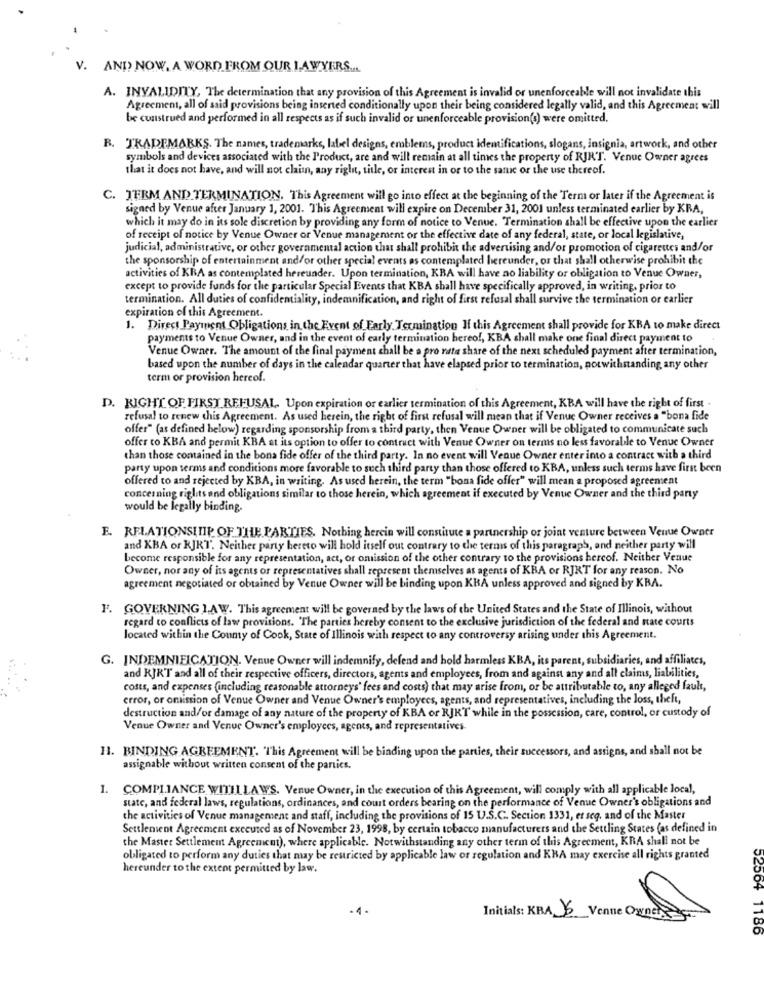
V. AND NOW, A WORD FROM OUR LAWYERS ...
A. INVALIDITY, The determination that any provision of this Agreement is invalid or unenforceable will not invalidate this
Agreement, all of said provisions being inserted conditionally upon their being considered legally valid, and this Agreement will
be construed and performed in all respects as if such invalid or unenforceable provision(s) were omitted.
R. TRADEMARKS. The names, trademarks, label designs, emblems, product identifications, slogans, insignia, artwork, and other
symbols and devices associated with the Product, are and will remain at all times the property of RJRT. Venue Owner agrees
that it does not have, and will not clain, any right, title, or interest in or to the same or the use thereof.
C. JERM AND TERMINATION. This Agreement will go into effect at the beginning of the Term or later if the Agreement is
signed by Venue after January 1, 2001. This Agreement will expire on December 31, 2001 unless terminated earlier by KRA,
which it may do in its sole discretion by providing any form of notice to Venue. Termination shall be effective upon the earlier
of receipt of notice by Venue Owner or Venue management or the effective date of any federal, state, or local legislative,
judicial, administrative, or other governmental action that shall prohibit the advertising and/or promotion of cigarettes and/or
the sponsorship of entertainment and/or other special events as contemplated hereunder, or that shall otherwise prohibit the
activities of KRA as contemplated hereunder. Upon termination, KBA will have no liability or obligation to Venue Owner,
except to provide funds for the particular Special Events that KBA shall have specifically approved, in writing, prior to
termination. All duties of confidentiality, indemnification, and right of first refusal shall survive the termination or earlier
expiration of this Agreement.
1. Direct Payment Obligations in the Event of Early. Termination If this Agreement shall provide for KBA to make direct
payments to Venue Owner, and in the event of early termination hereof, KBA shall make one final direct payment to
Venue Owner. The amount of the final payment shall be a pro nete share of the next scheduled payment after termination,
based upon the number of days in the calendar quarter that have elapsed prior to termination, notwithstanding any other
term or provision hereof.
D. RIGHT OF FIRST REFUSAL. Upon expiration or earlier termination of this Agreement, KBA will have the right of first -
refusal to renew this Agreement. As used herein, the right of first refusal will mean that if Venue Owner receives a "bona fide
offer" (as defined below) regarding sponsorship from a third party, then Venue Owner will be obligated to communicate such
offer to KBA and permit KBA at its option to offer to contract with Venue Owner on terms no less favorable to Venue Owner
than those comained in the bona fide offer of the third party. In no event will Venue Owner enter into a contract with a third
party upon terms and conditions more favorable to such third party than those offered to KBA, unless such terms have first been
offered to and rejected by KBA, in writing. As used herein, the term "bona fide offer" will mean a proposed agreement
concerning riglits and obligations similar to those herein, which agreement if executed by Venue Owner and the third party
would be legally binding.
E. RELATIONSHIP OF THE PARTIES. Nothing herein will constitute a partnership or joint venture between Venue Owner
and KBA or KJRT. Neither party hereto will hold itself out contrary to the terms of this paragraph, and neither party will
become responsible for any representation, act, or omission of the other contrary to the provisions hercof. Neither Venue
Owner, nor any of its agents of representatives shall represent themselves as agents of KBA or RJRT for any reason. No
agreement negotiated or obtained by Venue Owner will be binding upon KBA unless approved and signed by KBA.
F. GOVERNING 1,AW. This agreement will be governed by the laws of the United States and the State of Illinois, without
regard to conflicts of law provisions. The parties hereby consent to the exclusive jurisdiction of the federal and state courts
located within the County of Cook, State of Illinois with respect to any controversy arising under this Agreement.
G. INDEMNIFICATION. Venue Owner will indemnify, defend and hold harmless KBA, its parent, subsidiaries, and affiliates,
and RJR'T and all of their respective officers, directors, agents and employees, from and against any and all claims, liabilities,
costs, and expenses (including reasonable attorneys' fees and costs) that may arise from, or be attributable to, any alleged fault,
error, or omission of Venue Owner and Venue Owner's employees, agents, and representatives, including the loss, theft,
destruction and/or damage of any nature of the property of KBA or RJKT while in the possession, care, control, or custody of
Venue Owner and Venue Owner's employees, agents, and representatives
11. BINDING AGREEMENT. "This Agreement will be binding upon the parties, their successors, and assigns, and shall not be
assignable without written consent of the parties.
1. COMPLIANCE WITHLLAWS. Venue Owner, in the execution of this Agreement, will comply with all applicable local,
state, and federal laws, regulations, ordinances, and court orders bearing on the performance of Venue Owner's obligations and
the activities of Venue management and staff, including the provisions of 15 U.S.C .. Section 1331, et seq, and of the Master
Settlement Agreement executed as of November 23, 1998, by certain tobacco manufacturers and the Settling States (as defined in
the Master Settlement Agreement), where applicable. Notwithstanding any other term of this Agreement, KRA shall not be
obligated to perform any duties that may be restricted by applicable law of regulation and KRA may exercise all rights granted
hereunder to the extent permitted by law.
Initials: KBA 16 Venue Owners
52004 1186